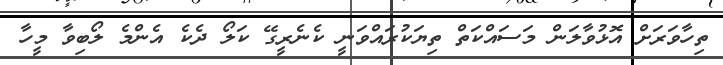
ތިހާވަރަށް އޮޅުވާލަން މަސައްކަތް ތިޔަކުރައްވަނީ ކެނެރީގޭ ކަލޯ ދެކެ އެންމެ ލޯބިވާ މީހާ